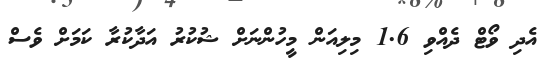
އެދި ވޯޓް ދެއްވި 1.6 މިލިއަން މީހުންނަށް ޝުކުރު އަދާކުރާ ކަމަށް ވެސް